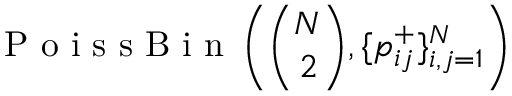
\mathrm { ~ P ~ o ~ i ~ s ~ s ~ B ~ i ~ n ~ } \left( \binom { N } { 2 } , \{ p _ { i j } ^ { + } \} _ { i , j = 1 } ^ { N } \right)